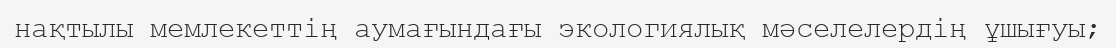
нақтылы мемлекеттің аумағындағы экологиялық мәселелердің ұшығуы;